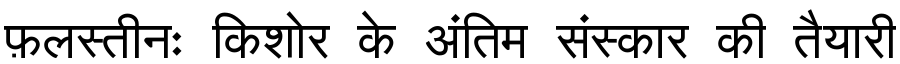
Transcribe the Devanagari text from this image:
फ़लस्तीनः किशोर के अंतिम संस्कार की तैयारी